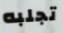
تجلبه